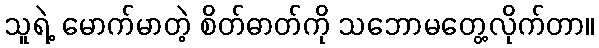
သူရဲ့ မောက်မာတဲ့ စိတ်ဓာတ်ကို သဘောမတွေ့လိုက်တာ။